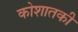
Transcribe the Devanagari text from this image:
कोशातकी